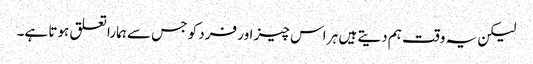
لیکن یہ وقت ہم دیتے ہیں ہر اس چیز اور فرد کو جس سے ہمارا تعلق ہوتا ہے۔